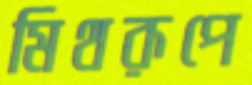
মিথরূপে